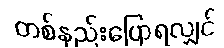
တစ်နည်းပြောရလျှင်